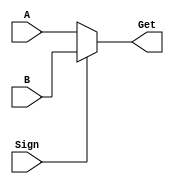
`timescale 1ns / 1ps
//////////////////////////////////////////////////////////////////////////////////
// Company: 
// Engineer: 
// 
// Design Name: 
// Module Name: DataSelect_2
// Project Name: 
// Target Devices: 
// Tool Versions: 
// Description: 
// 
// Dependencies: 
// 
// Revision:
// Revision 0.01 - File Created
// Additional Comments:
// 
//////////////////////////////////////////////////////////////////////////////////


module DataSelect_2(
    input [31:0] A, B,  
    input Sign,  
    output wire [31:0] Get);  
  
    assign Get = Sign ? B : A;  
  
endmodule